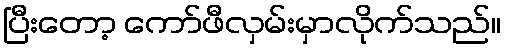
ပြီးတော့ ကော်ဖီလှမ်းမှာလိုက်သည်။